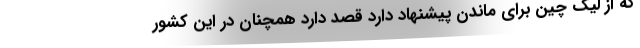
که از لیگ چین برای ماندن پیشنهاد دارد قصد دارد همچنان در این کشور